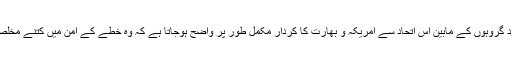
دہشتگرد گروہوں کے مابین اس اتحاد سے امریکہ و بھارت کا کردار مکمل طور پر واضح ہوجاتا ہے کہ وہ خطے کے امن میں کتنے مخلص ہیں ؟